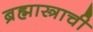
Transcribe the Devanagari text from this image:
ब्रह्मास्त्राची